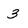
Character: 3